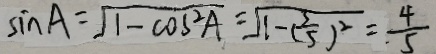
\sin A = \sqrt { 1 - \cos ^ { 2 } A } = \sqrt { 1 - ( \frac { 3 } { 5 } ) ^ { 2 } } = \frac { 4 } { 5 }